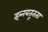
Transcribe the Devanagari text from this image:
इब्नबतूतता